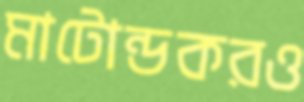
মাটোন্ডকরও